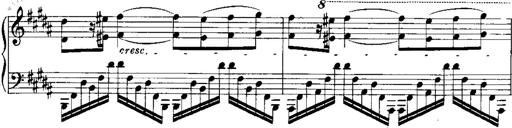
Title: RÃ©miniscences de Norma de Bellini
Composer: Franz Liszt